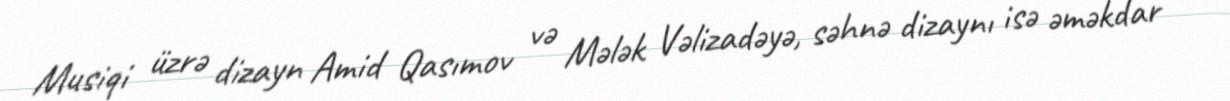
Musiqi üzrə dizayn Amid Qasımov və Mələk Vəlizadəyə, səhnə dizaynı isə əməkdar